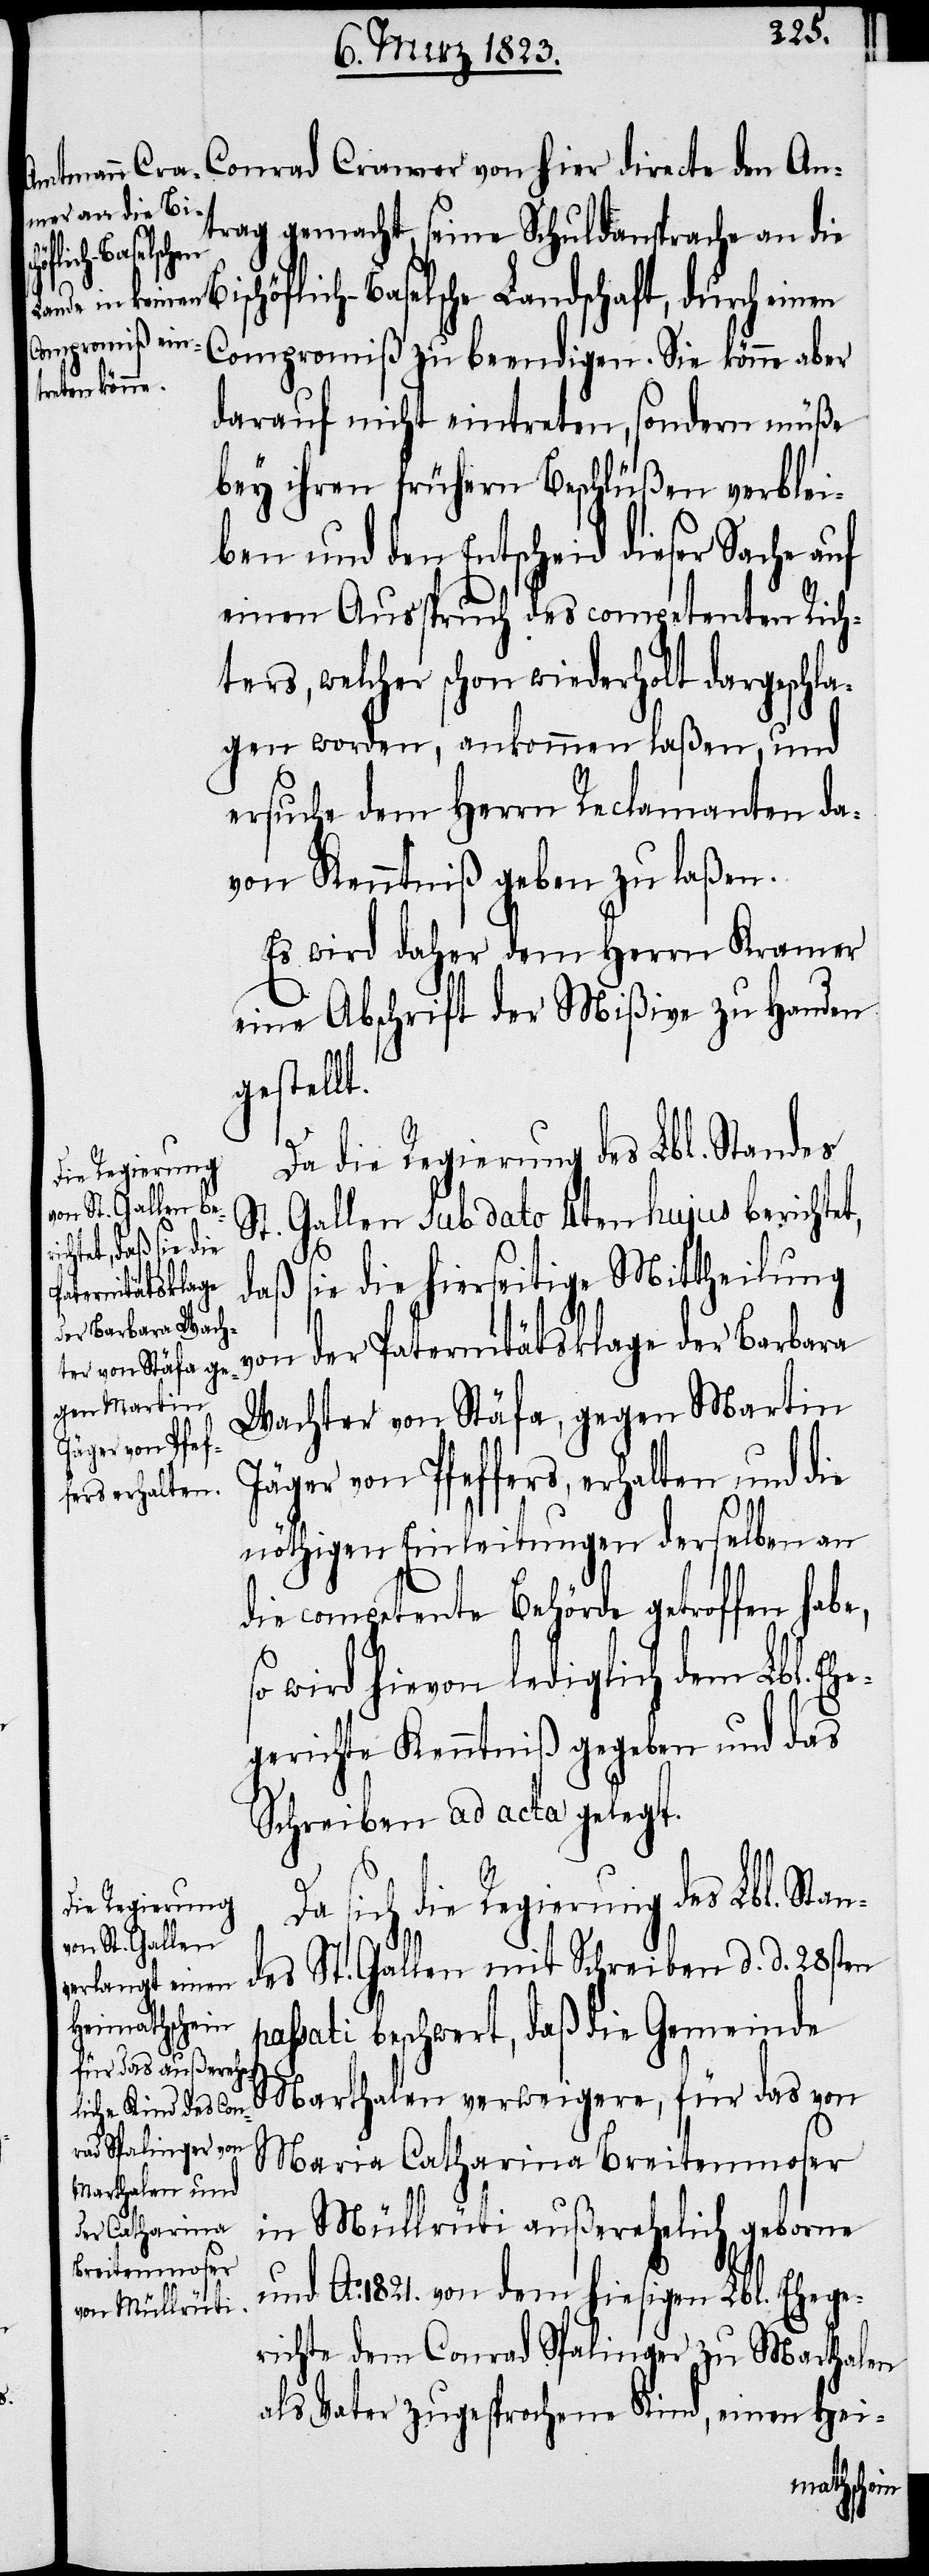
Conrad Cramer von hier directe den An¬
trag gemacht, seine Schuldansprache an di¬
e,
e Bischöflich-Baselsche Landschaft, durch einen
Compromiß zu beendigen. Sie könne aber
darauf nicht eintreten, sondern müße
bey ihren frühern Beschlüßen verblei¬
ben und den Entscheid dieser Sache auf
einen Ausspruch des competenten Rich¬
ters, welcher schon wiederholt dargeschla¬
gen worden, ankommen laßen, und
ersuche dem Herrn Reclamanten da¬
von Kenntniß geben zu laßen.
Es wird daher dem Herrn Kramer
eine Abschrift der Mißive zu Handen
gestellt.
Da die Regierung des Lbl. Standes
St. Gallen sub dato 4ten hujus berichte¬
an¬
daß sie die hierseitige Mittheilung
von der Paternitätsklage der Barbara
Wachter von Stäfa, gegen Martin
Jäger von Pfeffers, erhalten und die
nöthigen Einleitungen derselben an
die competente Behörde getroffen hab¬
so wird hievon lediglich dem Lbl. Eh¬
egerichte Kenntniß gegeben und das
Schreiben ad acta gelegt.
sich die Regierung des Lbl. St¬
des St. Gallen mit Schreiben d. d. 28sten
passati beschwert, daß die Gemeinde
Marthalen verweigere, für das von
Maria Catharina Breitenmoser
in Müllrüti außerehelich geborne
und Ao. 1821. von dem hiesigen Lbl. Ehege¬
richte dem Conrad Spalinger zu Marthalen
als Vater zugesprochene Kind, einen Hei-